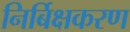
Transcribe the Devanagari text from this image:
निर्बिक्षकरण